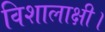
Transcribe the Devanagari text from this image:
विशालाक्षी।